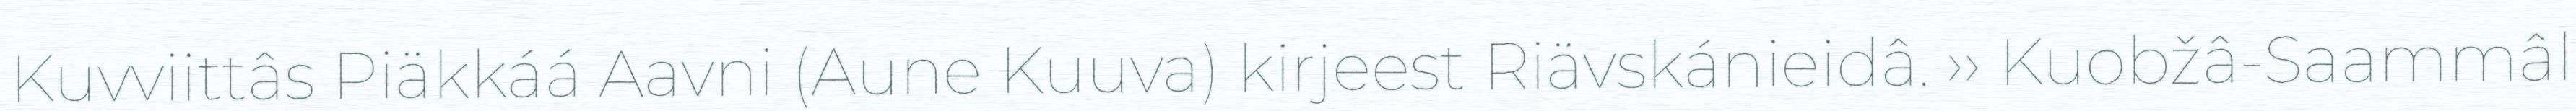
Kuvviittâs Piäkkáá Aavni (Aune Kuuva) kirjeest Riävskánieidâ. ›› Kuobžâ-Saammâl